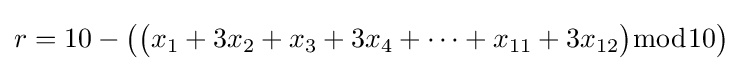
r=10-{\big (}{\big (}x_{1}+3x_{2}+x_{3}+3x_{4}+\cdots +x_{11}+3x_{12}{\big )}{\bmod {1}}0{\big )}